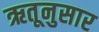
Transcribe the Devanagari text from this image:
ऋतूनुसार